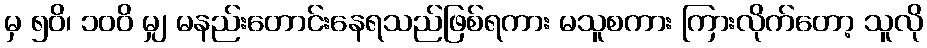
မှ ၅၀ိ၊ ၁၀၀ိ မျှ မနည်းတောင်းနေရသည်ဖြစ်ရကား မသူစကား ကြားလိုက်တော့ သူလို